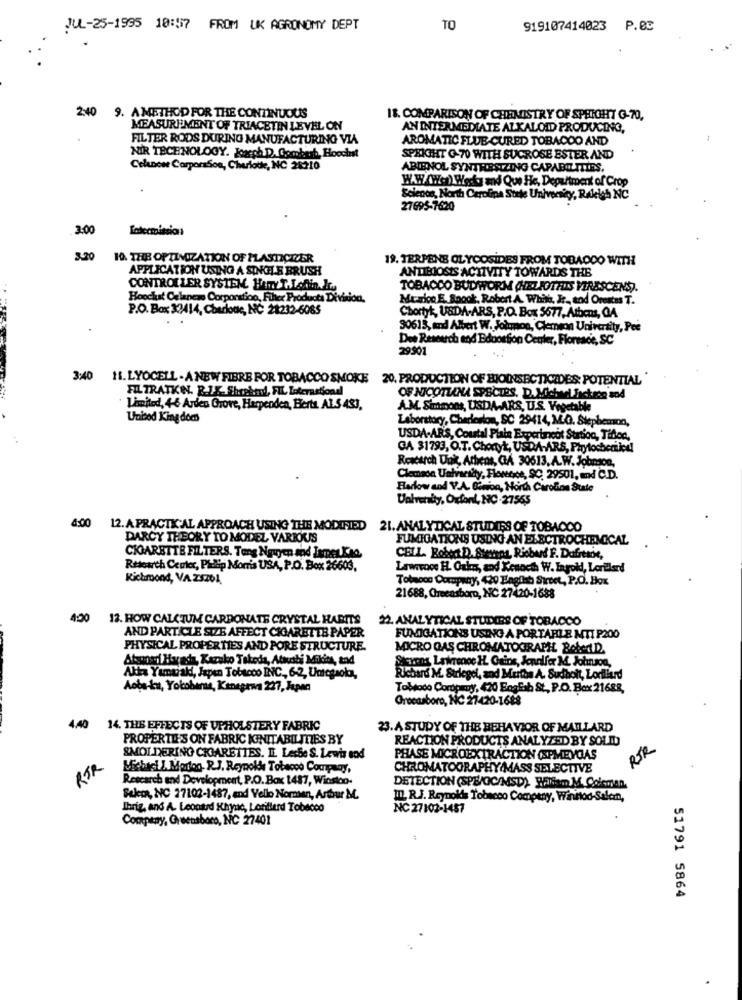
JUL-25-1995 18:57 FROM UK AGRONOMY DEPT
TO
919107414023 P.CC
2:40 9. AMETHOD FOR THE CONTINUOUS
18. COMPARISON OF CHEMISTRY OF SPRICHT G-70,
MEASUREMENT OF TRIACETIN LEVEL ON
AN INTERMEDIATE ALKALOID PRODUCING,
FILTER RODS DURING MANUFACTURING VIA
AROMATIC FLUE-CURED TOBACOO AND
NIR TECHNOLOGY. Joseph D. Combarb, Hoochst
SPRICHT G 70 WITH SUCROSE ESTER AND
Celnone CorporaSon, Charlotte, NC 28210
ABIENOL SYNTHESIZING CAPABILITIES.
WAW/W.cn). Werd. and Que He, Department of Crop
Solente, North Carolina State University, Rakish NC
27695-7620
3:00
3.20
10. THE OPTINOZATION OF PLASTICIZER
19. TERPENE GLYCOSIDES FROM TOBADDO WITH
APPLICATION USING A SINGLE BRUSH
ANTIBIOSIS ACTIVITY TOWARDS THE
CONTROLLER SYSTEM HATTY THISAin. IL.
TOBACCO BUDWORM (HELIOTHIS VIRESCENS).
Hoochat Celanews Corporation, Filter Products Division,
Mcarico E. Spook, Robert A. White, Ir, and Orestos T.
P.O. Box 33414, Charlotte, NC 28232-6085
Chortyt, USDA.ARS, P.O. Box 5677, Athens, GA
90613, and Albert W. Joinnon, Clemson University, Pee
Des Research and Bdoostion Center, Floresce, SC
29901
3:40 11. LYOCELL - A NEW FIBRE FOR TOBACCO SMOKE 20. PRODUCTION OF BIOINSECTICIDES: POTENTIAL
FIL TRATKN. R.IX. Shrebay, FIL International
OF NICOTIANA SPSCTES. D. Michael Jackson and
Limited, 46 Ardeu Grove, Harpenden, Herts, AL.5 433,
A.M. Simmons, USDA-ARS, U.S. Vegetable
United Kingdom
Laboratory, Charleston, SC 29414, M.G. Stephemon,
USDA-ARS, Coustal Plais Experiancit Station, Tiflec,
GA 31793, O.T. Chortyk, USDA-ARS, Phytocheriicul
Rescarch Unk, Athens, CA 30613. A.W. Jobraon
Clemasa Uafvanity, Florence, 90 29501, and C.D.
Barlow and V.A. Gawron, North Carolina State
Uatrendy, OrforL, NC-27555
4:00 12. A PRACTICAL APPROACH USING THE MODIFIED 21. ANALYTICAL STUDIES OF TOBACCO
DARCY THEORY TO MODEL VARRIUS
FUMIGATIONS USING AN ELECTROCHEMICAL
CIGARETTE FILTERS. Tang Nguyen sod Ismen Kas
CELL Bohat D. Stanna, Richard F. Dafitace,
Research Center, Pilip Morris USA, P.O. Box 26603.
Lawrvoce HL. Oxkn, and Kenocth W. Ingold, Lorillard
Richmond, VA 23201.
Tobacco Company, 420 English Street, P.O. Box
21688, Chrecasboro, NC 27420-1688
4:00
12. HOW CALCIUM CARBONATE CRYSTAL HABITS
22. ANALYTICAL STUDIES OF TOBACCO
AND PARTICLE SIZE AFFECT CIGARETTE PAPER
FUMIGATIONS USING A PORTARLE MTI P200
PHYSICAL PROPERTIES AND PORE STRUCTURE.
MICRO QAS CHROMATOGRAPH BofMID
Alaposdi Harada, Kazako Takeda, Atavati Midit, and
Stevens Lawrence H. Gains, Jennifer M. Johnson,
Akira Yamaiaki, Japan Tobacco INC ., 6-2, Umcgaoka,
Richard M. Strlegel, and Murtha A. Sudholt, Lorilitrd
Aoba-ku, Yokobama, Kanagawa 227, Japan
Tobodo Corpmy, 420 Eogliab St, P.O. Box 21688,
Greensboro, NC 27420-1688
4.40
14. THE EFFECTS OF UPHOLSTERY FABRIC
23. A STUDY OF THE BEHAVIOR OF MAILLARD
PROPERTIE'S ON FABRIC INITABILITIES BY
REACTION PRODUCTS ANALYZED BY SOLID
RJR
SMOLDERING CHIARETTES. IL. LesSe S. Lewis sod
PHASE MICROEXTRACTION (SPMEYGAS
RTR
Michael !. Mortog. R.J. Reynolds Tobacco Company,
CHROMATOGRAPHY MASS SELECTIVE
Research and Development, P.O. Box 1417, Winston-
DETECTION (SPE/GC/MSD), Waniem M. Co'sman.
Sukor, NC 27102-1487, and Vello Nommer, Arthur ML.
III. R.J. Reynolds Tobacco Company, Winntod-Salem,
Ibrig, and A. Leonard Shyno, Lotillend Tobacco
NC 27102-1457
Company, Greensboro, NC 27401
51791 5864